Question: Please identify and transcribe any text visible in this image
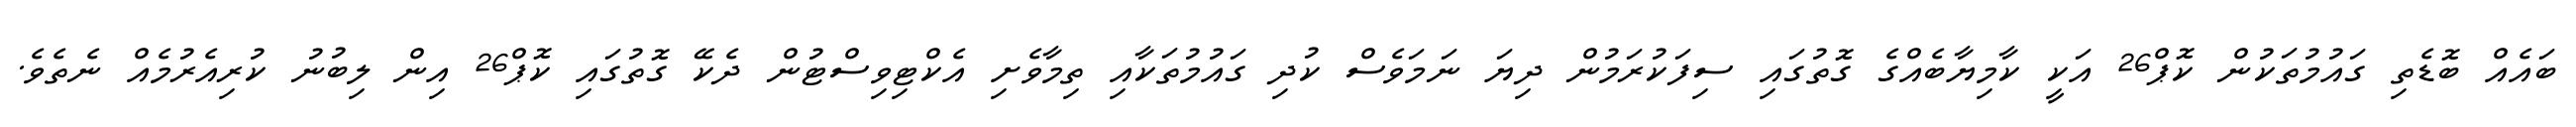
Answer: ބައެއް ބޮޑެތި ގައުމުތަކުން ކޮޕް26 އަކީ ކާމިޔާބެއްގެ ގޮތުގައި ސިފަކުރަމުން ދިޔަ ނަމަވެސް ކުދި ގައުމުތަކާއި ތިމާވެށި އެކްޓިވިސްޓުން ދެކޭ ގޮތުގައި ކޮޕް26 އިން ލިބުނު ކުރިއެރުމެއް ނެތެވެ.